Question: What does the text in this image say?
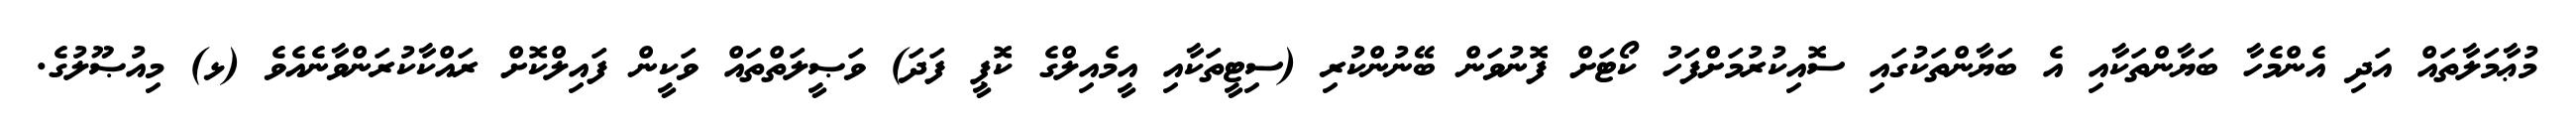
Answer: މުޢާމަލާތައް އަދި އެންމެހާ ބަޔާންތަކާއި އެ ބަޔާންތަކުގައި ސޮއިކުރުމަށްފަހު ކޯޓަށް ފޮނުވަން ބޭނުންކުރި (ސިޓީތަކާއި އީމެއިލްގެ ކޮޕީ ފަދަ) ވަޞީލަތްތައް ވަކީން ފައިލްކޮށް ރައްކާކުރަންވާނެއެވެ (ޅ) މިއުޞޫލުގެ.